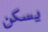
يسكن